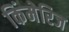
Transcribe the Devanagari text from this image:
किंमेरिज